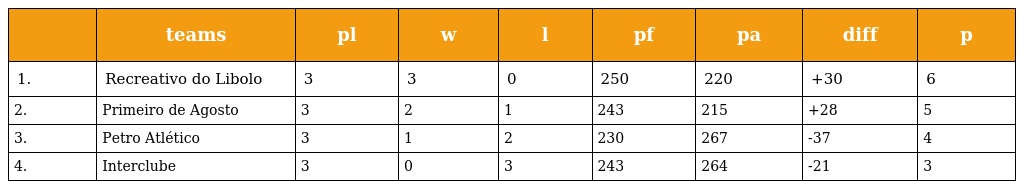
|  | teams | pl | w | l | pf | pa | diff | p |
 | --- | --- | --- | --- | --- | --- | --- | --- | --- |
 | 1. | Recreativo do Libolo | 3 | 3 | 0 | 250 | 220 | +30 | 6 |
 | 2. | Primeiro de Agosto | 3 | 2 | 1 | 243 | 215 | +28 | 5 |
 | 3. | Petro Atlético | 3 | 1 | 2 | 230 | 267 | -37 | 4 |
 | 4. | Interclube | 3 | 0 | 3 | 243 | 264 | -21 | 3 |